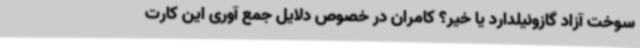
سوخت آزاد گازوئیلدارد یا خیر؟ کامران در خصوص دلایل جمع آوری این کارت